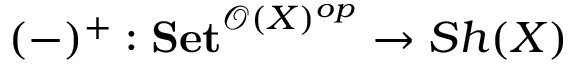
( - ) ^ { + } : \mathbf { S e t } ^ { { \mathcal { O } } ( X ) ^ { o p } } \to S h ( X )